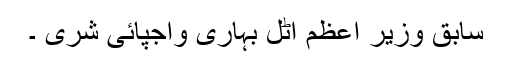
سابق وزیر اعظم اٹل بہاری واجپائی شری ۔